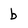
Character: b